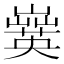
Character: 𡾗